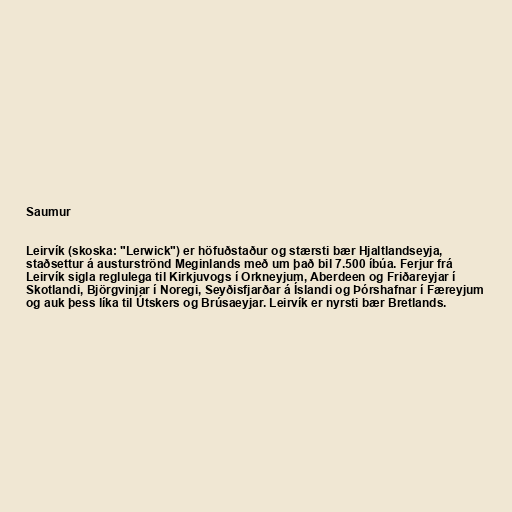
Saumur

Leirvík (skoska: "Lerwick") er höfuðstaður og stærsti bær Hjaltlandseyja,
staðsettur á austurströnd Meginlands með um það bil 7.500 íbúa. Ferjur frá
Leirvík sigla reglulega til Kirkjuvogs í Orkneyjum, Aberdeen og Friðareyjar í
Skotlandi, Björgvinjar í Noregi, Seyðisfjarðar á Íslandi og Þórshafnar í Færeyjum
og auk þess líka til Útskers og Brúsaeyjar. Leirvík er nyrsti bær Bretlands.